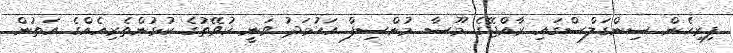
ފިރިހެން ސިންގަލްސްގައި ރާއްޖޭގެ މޫސާ މުންސިފް އަހުމަދު ވަނީ ކުވޭތުގެ ކުޅުންތެރިއެއްގެ އަތުން